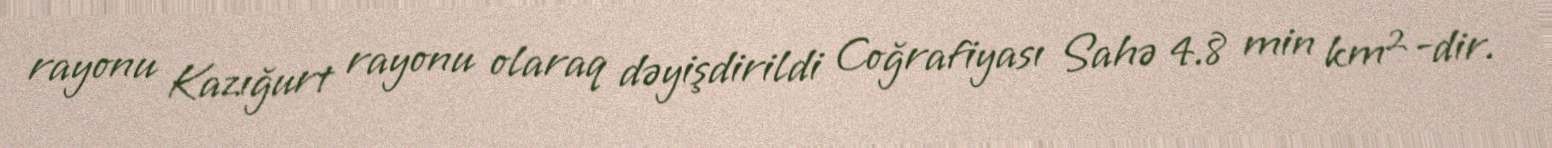
rayonu Kazığurt rayonu olaraq dəyişdirildi Coğrafiyası Sahə 4.8 min km²-dir.